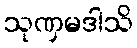
သုဏှမဒါသိ